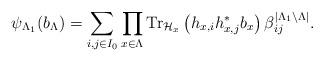
LaTeX: \begin{align*}\psi_{\Lambda_{1}}(b_{\Lambda})=\sum_{i,j\in I_{0}} \prod_{x\in \Lambda}\hbox{Tr}_{\mathcal{H}_{x}}\left(h_{x, i}h_{x, j}^* b_{x}\right)\beta_{ij}^{|\Lambda_{1}\setminus\Lambda|}.\end{align*}